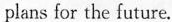
plans for the future.